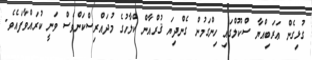
ގުޅިގެން ޢަރަބިއްޔާ ސްކޫލްގައި ހިންގަމުން ގެންދިޔަ ޤުރްއާން ކްލާހުގެ މުދައްރިސްކަންވެސް ވަނީ ކުރައްވާފައެވެ.